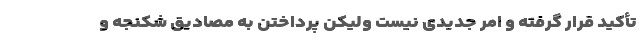
تأکید قرار گرفته و امر جدیدی نیست ولیکن پرداختن به مصادیق شکنجه و